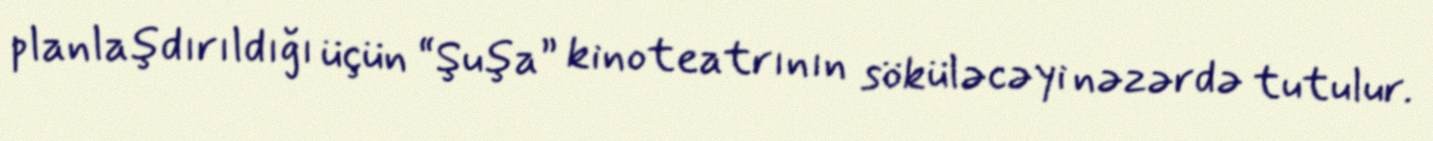
planlaşdırıldığı üçün “Şuşa” kinoteatrının söküləcəyi nəzərdə tutulur.